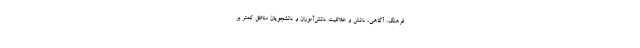
فرهنگ، آگاهی، دانش و خلاقیت دانش‌آموزان و دانشجویان مناطق کمتر بر